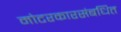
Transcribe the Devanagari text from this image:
मोटरकारसंबधित